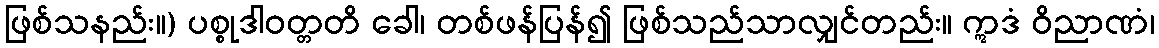
ဖြစ်သနည်း။) ပစ္စုဒါဝတ္တတိ ခေါ၊ တစ်ဖန်ပြန်၍ ဖြစ်သည်သာလျှင်တည်း။ ဣဒံ ဝိညာဏံ၊